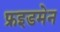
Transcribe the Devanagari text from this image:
फ्रइडमेन